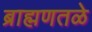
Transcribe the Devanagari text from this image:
ब्राह्मणतळे